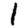
Digit: 1